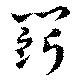
鬪